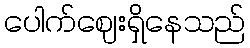
ပေါက်ဈေးရှိနေသည်